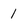
Character: 1